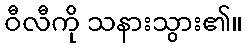
ဝီလီကို သနားသွား၏။